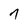
Character: 7